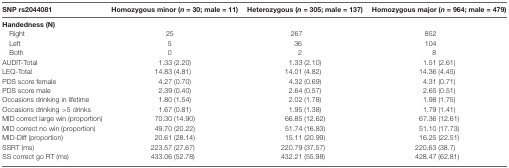
<table><thead><tr><td><b>SNP rs2044081</b></td><td><b>Homozygous minor (<i>n</i> = 30; male = 11)</b></td><td><b>Heterozygous (<i>n</i> = 305; male = 137)</b></td><td><b>Homozygous major (<i>n</i> = 964; male = 479)</b></td></tr></thead><tbody><tr><td><b>Handedness (N)</b></td></tr><tr><td>Right</td><td>25</td><td>267</td><td>852</td></tr><tr><td>Left</td><td>5</td><td>36</td><td>104</td></tr><tr><td>Both</td><td>0</td><td>2</td><td>8</td></tr><tr><td>AUDIT-Total</td><td>1.33 (2.20)</td><td>1.33 (2.10)</td><td>1.51 (2.61)</td></tr><tr><td>LEQ-Total</td><td>14.83 (4.81)</td><td>14.01 (4.82)</td><td>14.36 (4.45)</td></tr><tr><td>PDS score female</td><td>4.27 (0.70)</td><td>4.32 (0.69)</td><td>4.31 (0.71)</td></tr><tr><td>PDS score male</td><td>2.39 (0.40)</td><td>2.64 (0.57)</td><td>2.65 (0.51)</td></tr><tr><td>Occasions drinking in lifetime</td><td>1.80 (1.54)</td><td>2.02 (1.78)</td><td>1.98 (1.75)</td></tr><tr><td>Occasions drinking &gt;5 drinks</td><td>1.67 (0.81)</td><td>1.95 (1.38)</td><td>1.79 (1.41)</td></tr><tr><td>MID correct large win (proportion)</td><td>70.30 (14.90)</td><td>66.85 (12.62)</td><td>67.36 (12.61)</td></tr><tr><td>MID correct no win (proportion)</td><td>49.70 (20.22)</td><td>51.74 (16.83)</td><td>51.10 (17.73)</td></tr><tr><td>MID-Diff (proportion)</td><td>20.61 (28.14)</td><td>15.11 (20.99)</td><td>16.25 (22.51)</td></tr><tr><td>SSRT (ms)</td><td>223.57 (27.67)</td><td>220.79 (37.57)</td><td>220.63 (38.7)</td></tr><tr><td>SS correct go RT (ms)</td><td>433.06 (52.78)</td><td>432.21 (55.98)</td><td>428.47 (62.81)</td></tr></tbody></table>